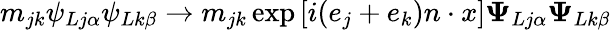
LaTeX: m_{jk}\psi_{Lj\alpha}\psi_{Lk\beta}\rightarrow m_{jk}\exp\left[i(e_{j}+e_{k})n\cdot x\right]{\mathbf\Psi}_{Lj\alpha}{\mathbf\Psi}_{Lk\beta}